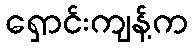
ရှောင်းကျန့်က